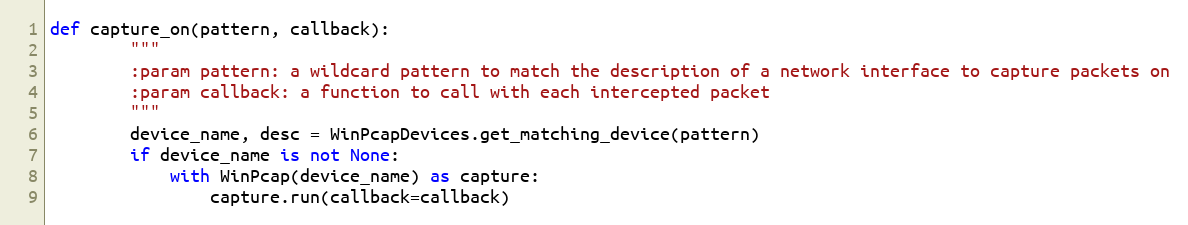
Language: Python
def capture_on(pattern, callback):
        """
        :param pattern: a wildcard pattern to match the description of a network interface to capture packets on
        :param callback: a function to call with each intercepted packet
        """
        device_name, desc = WinPcapDevices.get_matching_device(pattern)
        if device_name is not None:
            with WinPcap(device_name) as capture:
                capture.run(callback=callback)